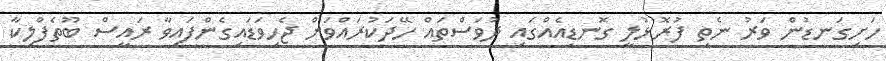
ހަށިގަނޑުން ވަރު ނެތި ފުރޮޅުލީ ގޮނޑިއެއްގައި ދުވަސްތައް ހޭދަކުރައްވަން ޖެހިވަޑައިގެންފައިވާ ރައީސް ބޫތެފްލިކާ